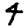
Digit: 4